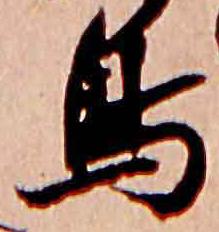
鳥